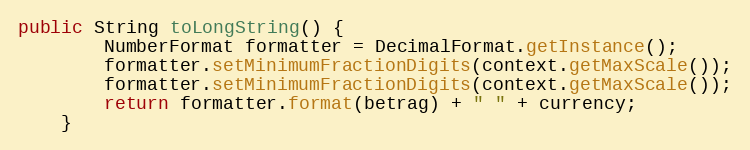
Language: Java
public String toLongString() {
        NumberFormat formatter = DecimalFormat.getInstance();
        formatter.setMinimumFractionDigits(context.getMaxScale());
        formatter.setMinimumFractionDigits(context.getMaxScale());
        return formatter.format(betrag) + " " + currency;
    }